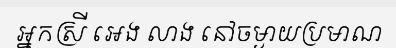
អ្នកស្រី អេង លាង នៅចម្ងាយប្រមាណ